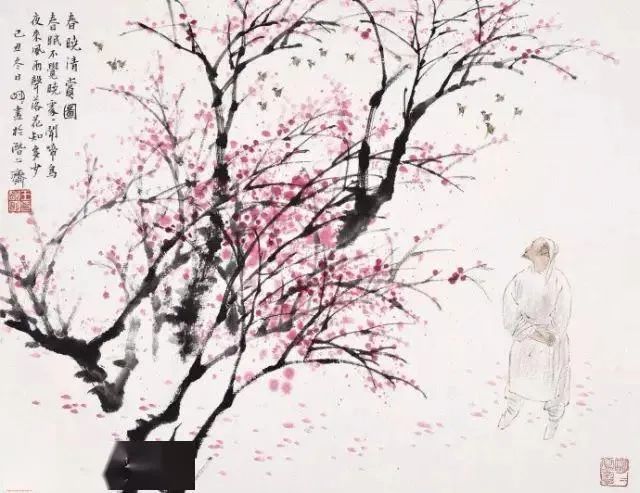
秋风萧瑟天气凉，草木摇落露为霜，群燕辞归鹄南翔。